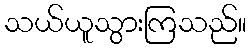
သယ်ယူသွားကြသည်။